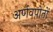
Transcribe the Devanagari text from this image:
अर्णवपोतों